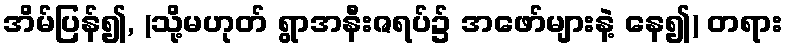
အိမ်ပြန်၍, (သို့မဟုတ် ရွာအနီးဇရပ်၌ အဖော်များနဲ့ နေ၍) တရား